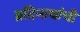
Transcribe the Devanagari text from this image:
ब्रदिनाथांची